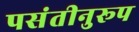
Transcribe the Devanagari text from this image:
पसंतीनुरूप